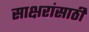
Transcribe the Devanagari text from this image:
साक्षरांसाठी